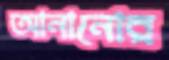
আনানোর